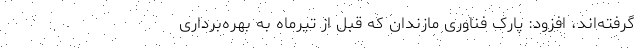
گرفته‌اند، افزود: پارک فناوری مازندان که قبل از تیرماه به بهره‌برداری